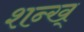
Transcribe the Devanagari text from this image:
शन्ख्